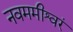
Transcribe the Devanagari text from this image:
नवममीश्वरं